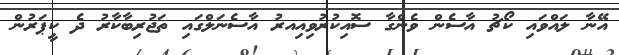
އޭނާ ލައްވައި ކޯޗު އާސެން ވެންގާ ސޮއިކުރުވިއިއރު އާސެނަލްގައި ތަޖުރިބާކާރު ދެ ކީޕަރުން